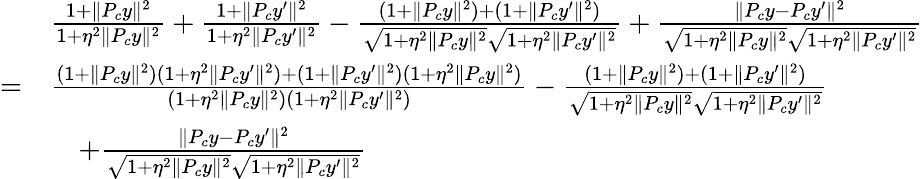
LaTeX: \begin{array}{rl}&{\frac{1+\| P_{c}y\| ^{2}}{1+\eta^{2}\| P_{c}y\| ^{2}}+\frac{1+\| P_{c}y^{\prime}\| ^{2}}{1+\eta^{2}\| P_{c}y^{\prime}\| ^{2}}-\frac{(1+\| P_{c}y\| ^{2})+(1+\| P_{c}y^{\prime}\| ^{2})}{\sqrt{1+\eta^{2}\| P_{c}y\| ^{2}}\sqrt{1+\eta^{2}\| P_{c}y^{\prime}\| ^{2}}}+\frac{\| P_{c}y-P_{c}y^{\prime}\| ^{2}}{\sqrt{1+\eta^{2}\| P_{c}y\| ^{2}}\sqrt{1+\eta^{2}\| P_{c}y^{\prime}\| ^{2}}}}\\ {=}&{\frac{(1+\| P_{c}y\| ^{2})(1+\eta^{2}\| P_{c}y^{\prime}\| ^{2})+(1+\| P_{c}y^{\prime}\| ^{2})(1+\eta^{2}\| P_{c}y\| ^{2})}{(1+\eta^{2}\| P_{c}y\| ^{2})(1+\eta^{2}\| P_{c}y^{\prime}\| ^{2})}-\frac{(1+\| P_{c}y\| ^{2})+(1+\| P_{c}y^{\prime}\| ^{2})}{\sqrt{1+\eta^{2}\| P_{c}y\| ^{2}}\sqrt{1+\eta^{2}\| P_{c}y^{\prime}\| ^{2}}}}\\ &{\quad+\frac{\| P_{c}y-P_{c}y^{\prime}\| ^{2}}{\sqrt{1+\eta^{2}\| P_{c}y\| ^{2}}\sqrt{1+\eta^{2}\| P_{c}y^{\prime}\| ^{2}}}}\end{array}